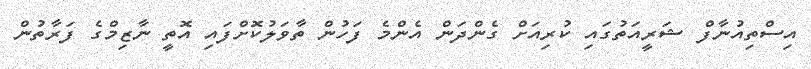
އިސްތިއުނާފް ޝަރީއަތުގައި ކުރިއަށް ގެންދަން އެންމެ ފަހުން ތާވަލުކޮށްފައި އޮތީ ނާޒިމްގެ ފަރާތުން